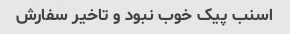
اسنب پیک خوب نبود و تاخیر سفارش